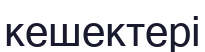
кешектері